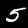
Label: 5